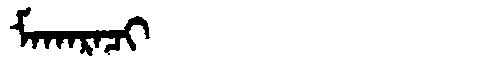
Manchu: ᠮᠠᡴᠠᡵᠠᠴᡳ
Romanization: MAKARACI